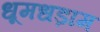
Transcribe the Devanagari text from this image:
धूमधड़ाम